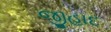
જીહાદ